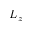
L _ { z }